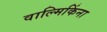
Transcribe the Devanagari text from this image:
वाल्मिकिंना